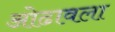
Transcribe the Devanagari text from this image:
ओढावला